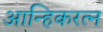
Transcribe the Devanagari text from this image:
आन्हिकरत्न